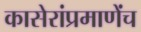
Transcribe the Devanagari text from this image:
कासेरांप्रमाणेंच